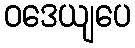
ဝဒေယျပေ